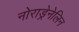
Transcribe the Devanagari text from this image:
नोराड्रेनेलिन